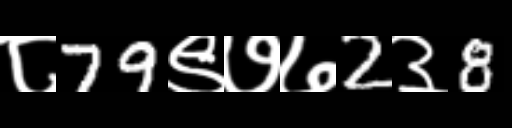
Text: ८79९७७2३8